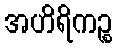
အဟိရိကဉ္စ